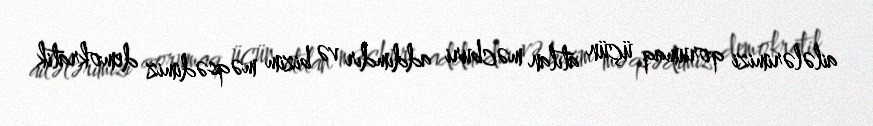
ailələrimizi qorumaq üçün atılan məcburi addımdır və bizim məqsədimiz demokratik